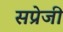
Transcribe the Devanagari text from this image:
सप्रेजी